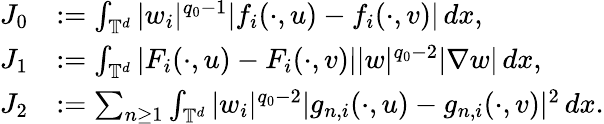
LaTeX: \begin{array}{rl}{J_{0}}&{:=\int_{\mathbb{T}^{d}}|w_{i}|^{q_{0}-1}|f_{i}(\cdot,u)-f_{i}(\cdot,v)|\, dx,}\\ {J_{1}}&{:=\int_{\mathbb{T}^{d}}|F_{i}(\cdot,u)-F_{i}(\cdot,v)||w|^{q_{0}-2}|\nabla w|\, dx,}\\ {J_{2}}&{:=\sum_{n\geq 1}\int_{\mathbb{T}^{d}}|w_{i}|^{q_{0}-2}|g_{n,i}(\cdot,u)-g_{n,i}(\cdot,v)|^{2}\, dx.}\end{array}